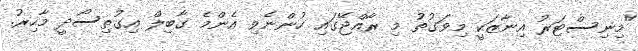
"މިނިސްޓަރު އިނާޒަކީ މިވަގުތު މި ރާއްޖޭގައި ހުންނެވި އެންމެ ގާބިލް އިގުތިސޯދީ މާހިރު.